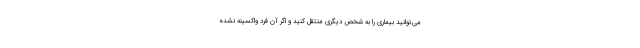
می‌توانید بیماری را به شخص دیگری منتقل کنید و اگر آن فرد واکسینه نشده